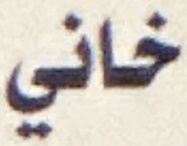
خاني